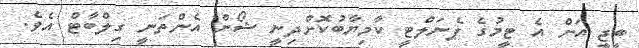
ބީޖީ އަށް އެ ޓީމުގެ ޕެނަލްޓީ ކާމިޔާބުކޮށްދިނީ ޝޯން އެންތަނީ ގިލްބާޓް އެވެ.